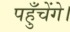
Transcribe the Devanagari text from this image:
पहुँचेंगे।